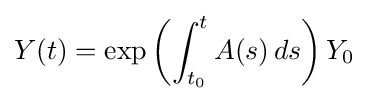
Y(t)=\exp \left(\int _{t_{0}}^{t}A(s)\,ds\right)Y_{0}